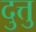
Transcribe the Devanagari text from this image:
दुत्तु